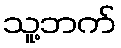
သူ့ဘက်